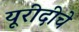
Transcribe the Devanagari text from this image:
यूरीदीचे